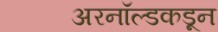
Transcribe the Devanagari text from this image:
अरनॉल्डकडून